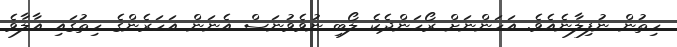
ހިތުން ނުފިލާނެއެވެ. އަހަންނަށް ރޯހަންދެކެ ލޯބި ނުވެވުނަސް އެނަން އަހަރެންގެ ހިތުގައި އާލާވެ